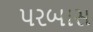
પરબાસ